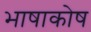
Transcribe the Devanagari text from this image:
भाषाकोष